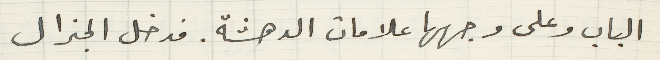
الباب وعلى وجهها علامات الدهشة. فدخل الجنرال